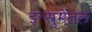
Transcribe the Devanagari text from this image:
इन्स्त्रुमेंतल